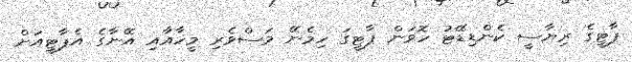
ޕާޓީގެ ރިޔާސީ ކެންޑިޑޭޓު ހޮވަން ޕާޓީގަ ހިމެނޭ މަސްވެރި މީހާއާއި އޭނާގެ އެޕާޓީއަށް